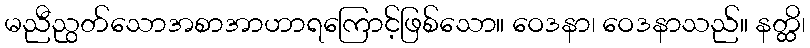
မညီညွတ်သောအစာအာဟာရကြောင့်ဖြစ်သော။ ဝေဒနာ၊ ဝေဒနာသည်။ နတ္ထိ၊